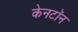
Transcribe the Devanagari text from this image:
केनटॉन